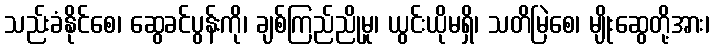
သည်းခံနိုင်စေ၊ ဆွေခင်ပွန်းကို၊ ချစ်ကြည်ညိုမူ၊ ယွင်းယိုမရှိ၊ သတိမြဲစေ၊ မျိုးဆွေတို့အား၊